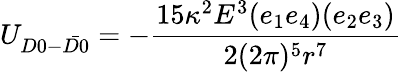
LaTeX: U_{D0-\bar{D0}}=-\frac{15\kappa^{2}E^{3}(e_{1}e_{4})(e_{2}e_{3})}{2(2\pi)^{5}r^{7}}